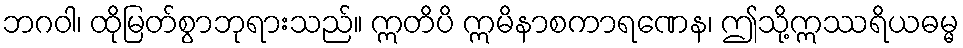
ဘဂဝါ၊ ထိုမြတ်စွာဘုရားသည်။ ဣတိပိ ဣမိနာစကာရဏေန၊ ဤသို့ဣဿရိယဓမ္မ